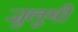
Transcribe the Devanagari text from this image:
जुलूमी